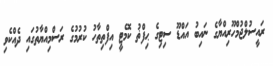
ރައީސުލްޖުމްހޫރިއްޔާގެ ނައިބު އައްޑޫ ސިޓިގެ ޙިފްޡު ކޮމެޓީ އިފްތިތާހު ކުރުމުގެ ރަސްމިއްޔާތުގައި ދެއްކެވި